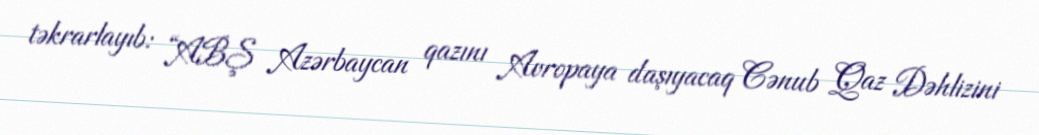
təkrarlayıb: “ABŞ Azərbaycan qazını Avropaya daşıyacaq Cənub Qaz Dəhlizini